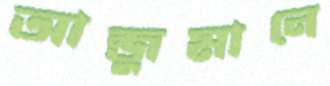
আন্জুমানে